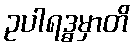
ဥပါရဒ္ဓမှာတိ